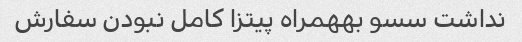
نداشت سسو بههمراه پیتزا کامل نبودن سفارش